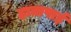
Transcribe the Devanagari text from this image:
हातापाई